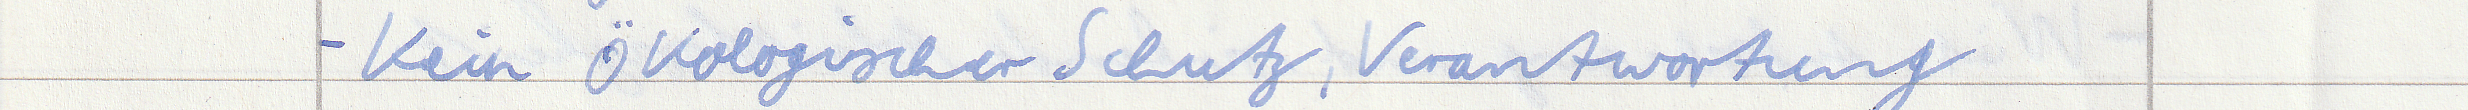
- Kein Ökologischer Schutz, Verantwortung